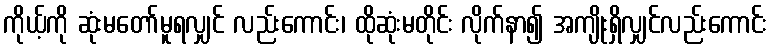
ကိုယ့်ကို ဆုံးမတော်မူရလျှင် လည်းကောင်း၊ ထိုဆုံးမတိုင်း လိုက်နာ၍ အကျိုးရှိလျှင်လည်းကောင်း